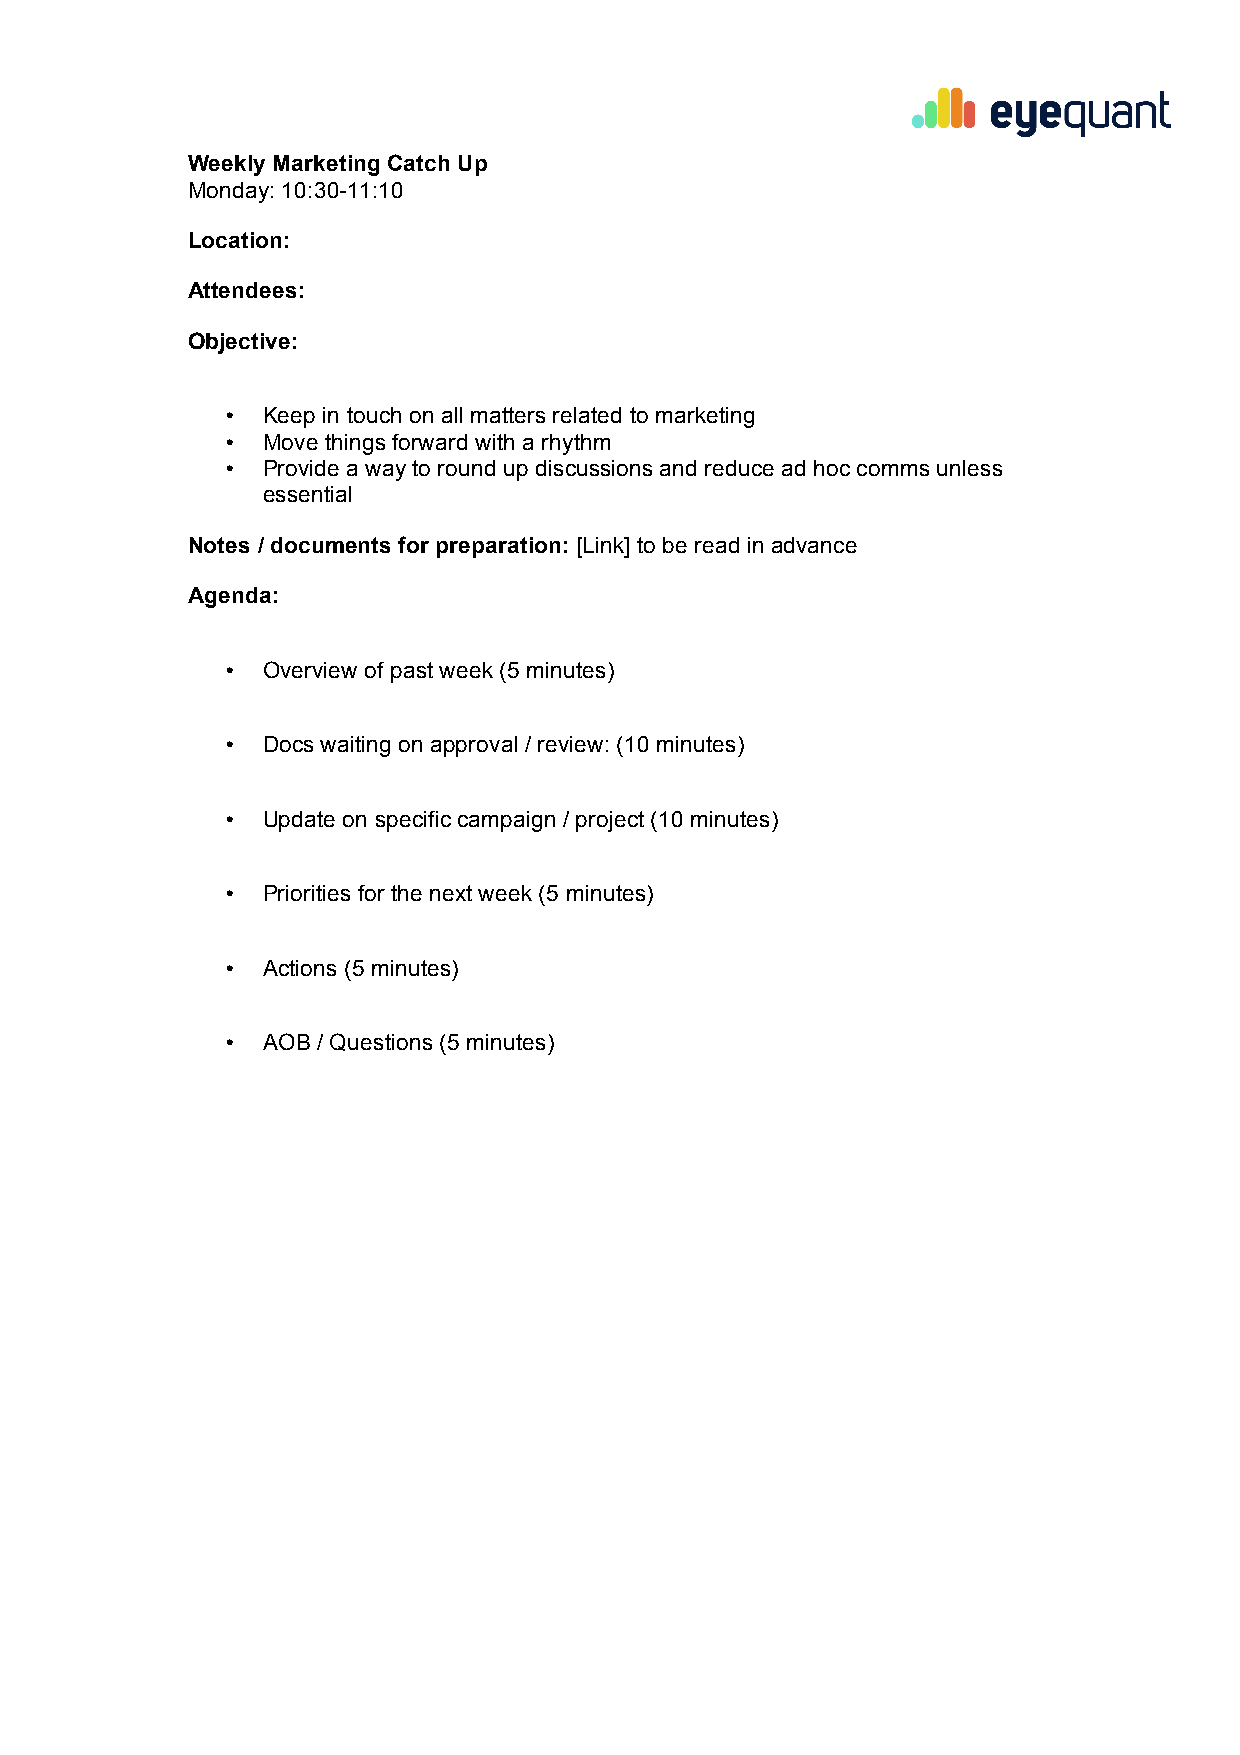
Weekly Marketing Catch Up
 Monday: 10:30-11:10
 Location:
 Attendees:
 Objective:
 • Keep in touch on all matters related to marketing
 • Move things forward with a rhythm
 • Provide a way to round up discussions and reduce ad hoc comms unless
 essential
 Notes / documents for preparation: [Link] to be read in advance
 Agenda:
 • Overview of past week (5 minutes)
 • Docs waiting on approval / review: (10 minutes)
 • Update on specific campaign / project (10 minutes)
 • Priorities for the next week (5 minutes)
 • Actions (5 minutes)
 • AOB / Questions (5 minutes)